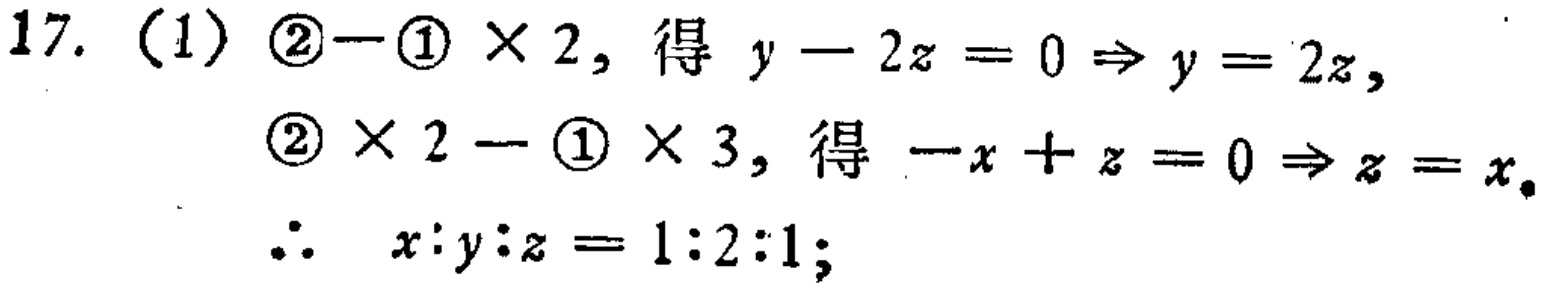
17. (1) \(\textcircled{2}-\textcircled{1} \times 2\), 得 \(y - 2z = 0\Rightarrow y = 2z\),
\(\textcircled{2} \times 2-\textcircled{1} \times 3\), 得 \(-x + z = 0\Rightarrow z = x\).
\(\therefore\) \(x:y:z = 1:2:1\);